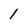
Character: 1